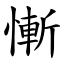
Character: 慚